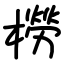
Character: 橯